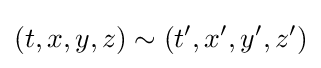
(t,x,y,z)\sim (t',x',y',z')